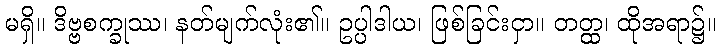
မရှိ။ ဒိဗ္ဗစက္ခုဿ၊ နတ်မျက်လုံး၏။ ဥပ္ပါဒါယ၊ ဖြစ်ခြင်းငှာ။ တတ္ထ၊ ထိုအရာ၌။